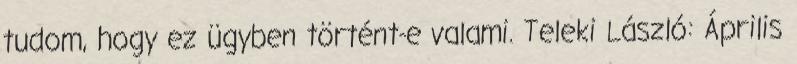
tudom, hogy ez ügyben történt-e valami. Teleki László: Április